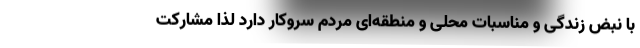
با نبض زندگی و مناسبات محلی و منطقه‌ای مردم سروکار دارد لذا مشارکت